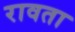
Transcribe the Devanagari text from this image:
रावता